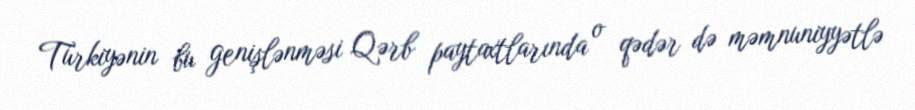
Türkiyənin bu genişlənməsi Qərb paytaxtlarında o qədər də məmnuniyyətlə